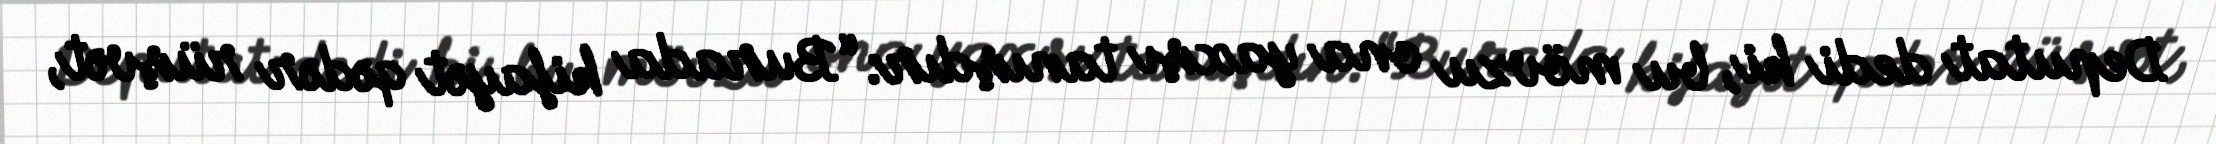
Deputat dedi ki, bu mövzu ona yaxşı tanışdır: “Burada kifayət qədər rüşvət,